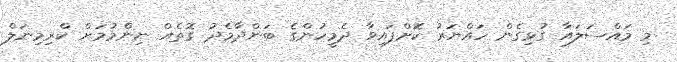
މި މައްސަލައާ ގުޅިގެން ހައްޔަރު ކޮށްފައިވާ ދެމީހުންގެ ބަންދާމެދު ގޮތެއް ނިންމުމަށް ކްރިމިނަލް